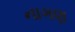
નાગણ